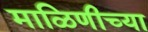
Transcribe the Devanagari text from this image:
माळिणीच्या